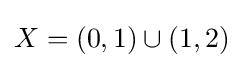
X=(0,1)\cup (1,2)